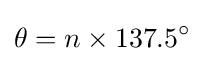
\theta =n\times 137.5^{\circ }